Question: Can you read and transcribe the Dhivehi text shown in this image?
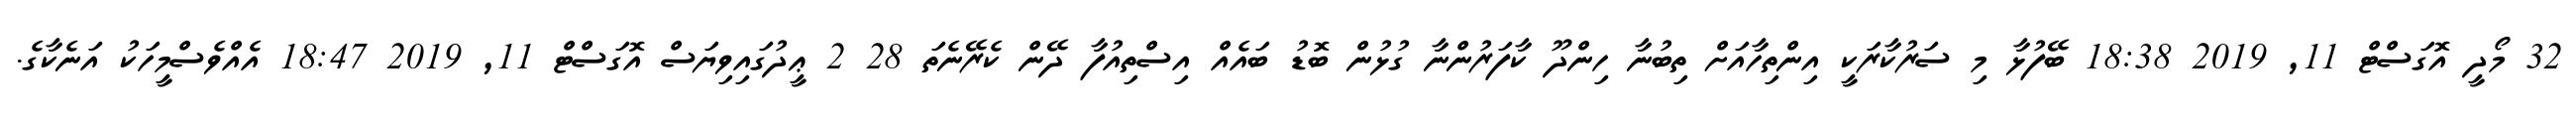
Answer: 32 މޯދީ އޮގަސްޓް 11, 2019 18:38 ބޭފުޅާ މި ސަރުކާރަކީ އިންތިހާއަށް ތިބުނާ ހިންދޫ ކާފަރުންނާ ގުޅުން ބޮޑު ބައެއް އިސްތިއުފާ ދޭން ކެރޭނެތަ 28 2 ޢީދުގައިވިޔަސް އޮގަސްޓް 11, 2019 18:47 އެއްވެސްމީހަކު އަނެކާގެ.